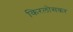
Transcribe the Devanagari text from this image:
किरलोसकर